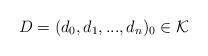
LaTeX: \begin{align*}D=(d_{0},d_{1},...,d_{n})_{0}\in\mathcal{K}\end{align*}